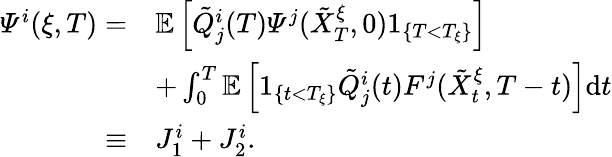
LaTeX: \begin{array}{rl}{\varPsi^{i}(\xi,T)=}&{\mathbb{E}\left[\tilde{Q}_{j}^{i}(T)\varPsi^{j}(\tilde{X}_{T}^{\xi},0)1_{\{ T<T_{\xi}\} }\right]}\\ &{+\int_{0}^{T}\mathbb{E}\left[1_{\{ t<T_{\xi}\} }\tilde{Q}_{j}^{i}(t)F^{j}(\tilde{X}_{t}^{\xi},T-t)\right]\mathrm{d}t}\\ {\equiv}&{J_{1}^{i}+J_{2}^{i}.}\end{array}